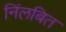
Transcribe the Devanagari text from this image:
निंलबित